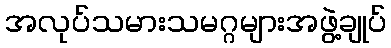
အလုပ်သမားသမဂ္ဂများအဖွဲ့ချုပ်